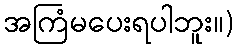
အကြံမပေးရပါဘူး။)